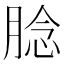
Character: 腍